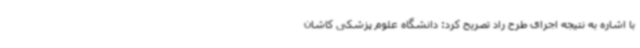
با اشاره به نتیجه اجرای طرح راد تصریح کرد: دانشگاه علوم پزشکی کاشان